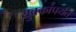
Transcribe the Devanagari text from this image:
युवकांपर्यंत